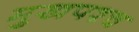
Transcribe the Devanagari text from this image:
मुखपश्च